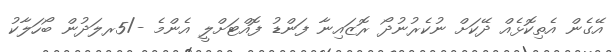
އޭގެން އެތިކޮޅެއް ދޭކަށް ނުކެރުނުދޯ ރޮޒައިނާ ފަންޑު ފޮއްޓަށްލީ އެންމެ -/5ރލަދުން ބޯހަލާކު